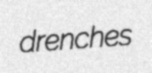
drenches